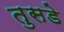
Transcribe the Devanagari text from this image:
तुसडे